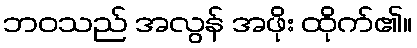
ဘဝသည် အလွန် အဖိုး ထိုက်၏။